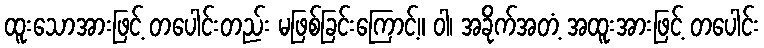
ထူးသောအားဖြင့် တပေါင်းတည်း မဖြစ်ခြင်းကြောင့်။ ဝါ၊ အခိုက်အတံ့ အထူးအားဖြင့် တပေါင်း